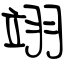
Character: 翊